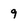
Character: 9